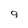
Character: 9